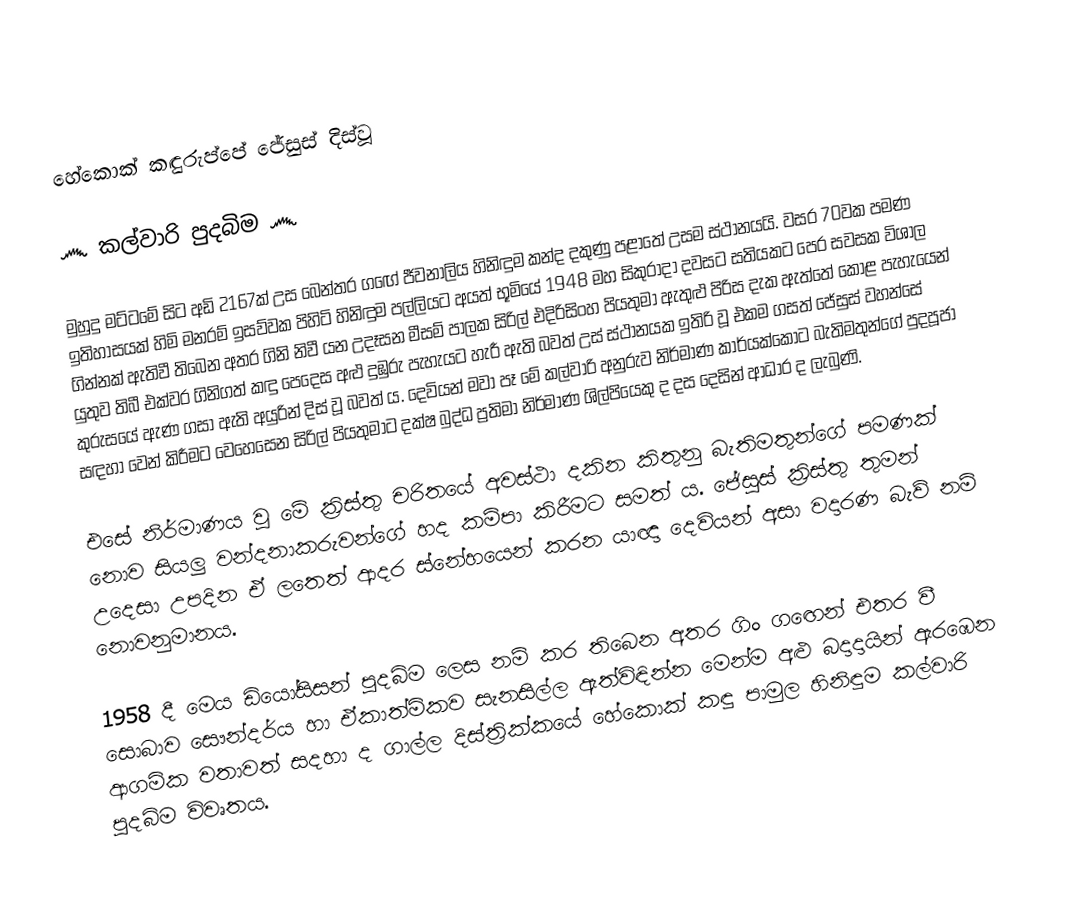
හේකොක් කඳුරුප්පේ ජේසුස් දිස්වූ

      ෴ කල්වාරි පුදබිම ෴

   මුහුදු මට්ටමේ සිට අඩි 2167ක් උස බෙන්තර ගඟේ ජීවනාලිය හිනිඳුම කන්ද දකුණු පළාතේ උසම ස්ථානයයි. වසර 70වක පමණ ඉතිහාසයක් හිමි මනරම් ඉසව්වක පිහිටි හිනිඳුම පල්ලියට අයත් භූමියේ 1948 මහ සිකුරාදා දවසට සතියකට පෙර සවසක විශාල ගින්නක් ඇතිවී තිබෙන අතර ගිනි නිවී යන උදෑසන මීසම් පාලක සිරිල් එදිරිසිංහ පියතුමා ඇතුළු පිරිස දැක ඇත්තේ කොළ පැහැයෙන් යුතුව තිබී එක්වර ගිනිගත් කඳු පෙදෙස අළු දුඹුරු පැහැයට හැරී ඇති බවත් උස් ස්ථානයක ඉතිරි වූ එකම ගසත් ජේසුස් වහන්සේ කුරුසයේ ඇණ ගසා ඇති අයුරින් දිස් වූ බවත් ය. දෙවියන් මවා පෑ මේ කල්වාරි අනුරුව නිර්මාණ කාර්යක්කොට බැතිමතුන්ගේ පුදපූජා සඳහා වෙන් කිරීමට වෙහෙසෙන සිරිල් පියතුමාට දක්ෂ බුද්ධ ප්‍රතිමා නිර්මාණ ශිල්පියෙකු ද දස දෙසින් ආධාර ද ලැබුණි.

   එසේ නිර්මාණය වූ මේ ක්‍රිස්තු චරිතයේ අවස්ථා දකින කිතුනු බැතිමතුන්ගේ පමණක් නොව සියලු වන්දනාකරුවන්ගේ හද කම්පා කිරීමට සමත් ය. ජේසුස් ක්‍රිස්තු තුමන් උදෙසා උපදින ඒ ලතෙත් ආදර ස්නේහයෙන් කරන යාඥා දෙවියන් අසා වදාරණ බැව් නම් නොවනුමානය.

   1958 දී මෙය ඩියෝසිසන් පුදබිම ලෙස නම් කර තිබෙන අතර ගිං ගඟෙන් එතර වී සොබාව සෞන්දර්ය හා ඒකාත්මිකව සැනසිල්ල ඇත්විඳින්න මෙන්ම අළු බදාදායින් ඇරඹෙන ආගමික වතාවත් සදහා ද ගාල්ල දිස්ත්‍රික්කයේ හේකොක් කඳු පාමුල හිනිඳුම කල්වාරි පුදබිම විවෘතය.